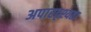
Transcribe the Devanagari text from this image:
अपारदृश्यता